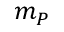
m _ { P }